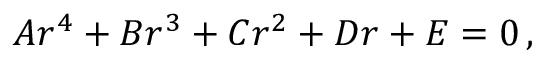
A r ^ { 4 } + B r ^ { 3 } + C r ^ { 2 } + D r + E = 0 \, ,